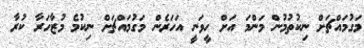
މަގުމައްޗަށް ނިކުތުމުން މަންމަ އަށް ހީވަނީ އަހަރެން މަގުމައްޗަށް ނިކުމެ މުޒާހަރާ ކުރާ